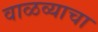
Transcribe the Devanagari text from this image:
वाळव्याचा